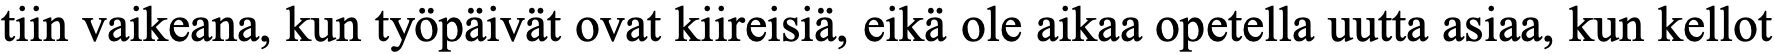
tiin vaikeana, kun työpäivät ovat kiireisiä, eikä ole aikaa opetella uutta asiaa, kun kellot